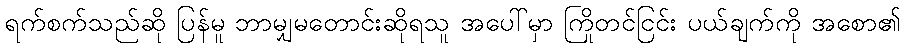
ရက်စက်သည်ဆို ပြန်မူ ဘာမျှမတောင်းဆိုရသူ အပေါ်မှာ ကြိုတင်ငြင်း ပယ်ချက်ကို အစော၏